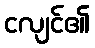
ငလျင်၏